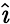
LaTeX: \hat{\imath}